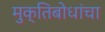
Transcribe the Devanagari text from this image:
मुक्तिबोधांचा